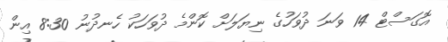
އޮގަސްޓް 14 ވަނަ ދުވަހުގެ ނިޔަލަށް ކޮންމެ ދުވަހަކު ހެނދުނު 8:30 އިން